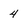
Character: 4